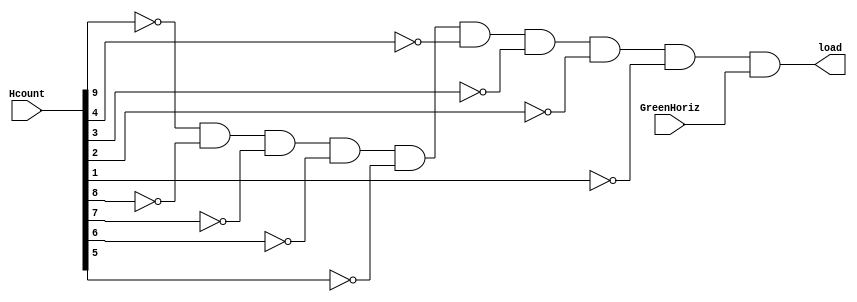
`timescale 1ns / 1ps
//////////////////////////////////////////////////////////////////////////////////
// Company: 
// Engineer: 
// 
// Design Name: 
// Module Name: SlugPositionSet
// Project Name: 
// Target Devices: 
// Tool Versions: 
// Description: 
// 
// Dependencies: 
// 
// Revision:
// Revision 0.01 - File Created
// Additional Comments:
// 
//////////////////////////////////////////////////////////////////////////////////


module SlugPositionSet(
    input [9:0] Hcount,
    input GreenHoriz,
    output load
    );
    
    assign load = (~Hcount[9] & ~Hcount[8] & ~Hcount[7] & ~Hcount[6] & ~Hcount[5] & ~Hcount[4] & ~Hcount[3] & ~Hcount[2] & ~Hcount[1]) &
                  (GreenHoriz);
                  
endmodule